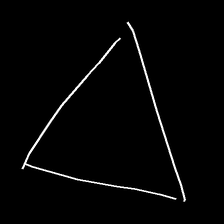
Glyph: convergence